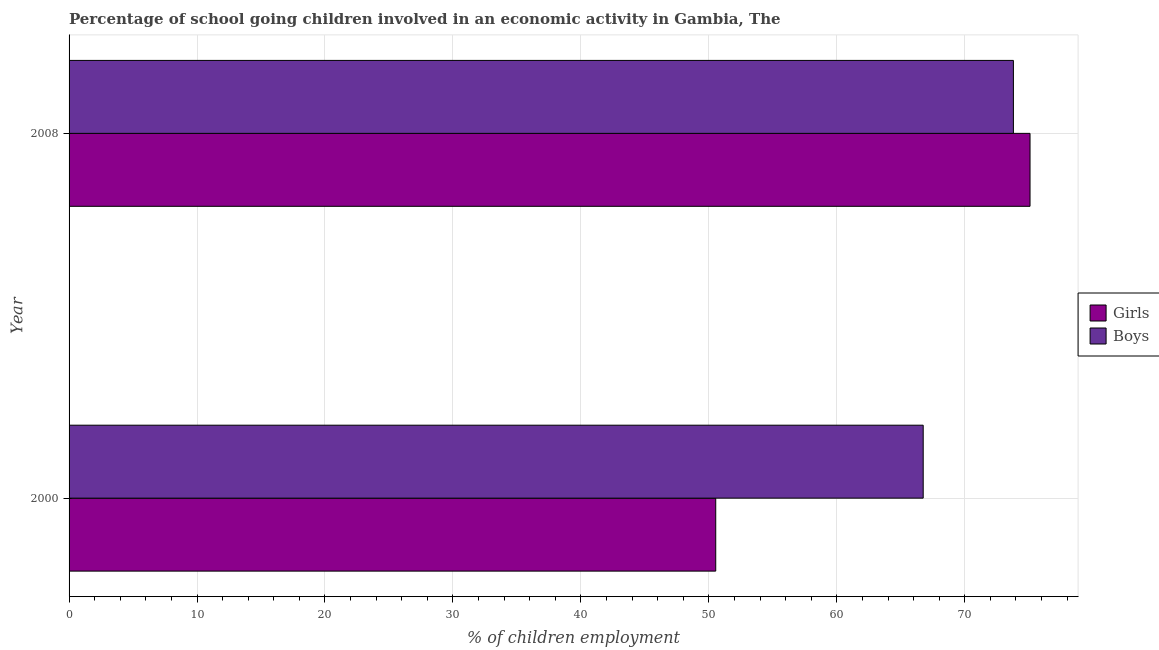
| Year | Girls | Boys |
 | --- | --- | --- |
 | 2000 | 50.5 | 66.8 |
 | 2008 | 75.1 | 73.8 |